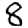
Digit: 8